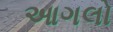
આગલો